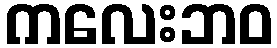
ကလေးဘဝ